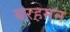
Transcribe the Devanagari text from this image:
बरहमन